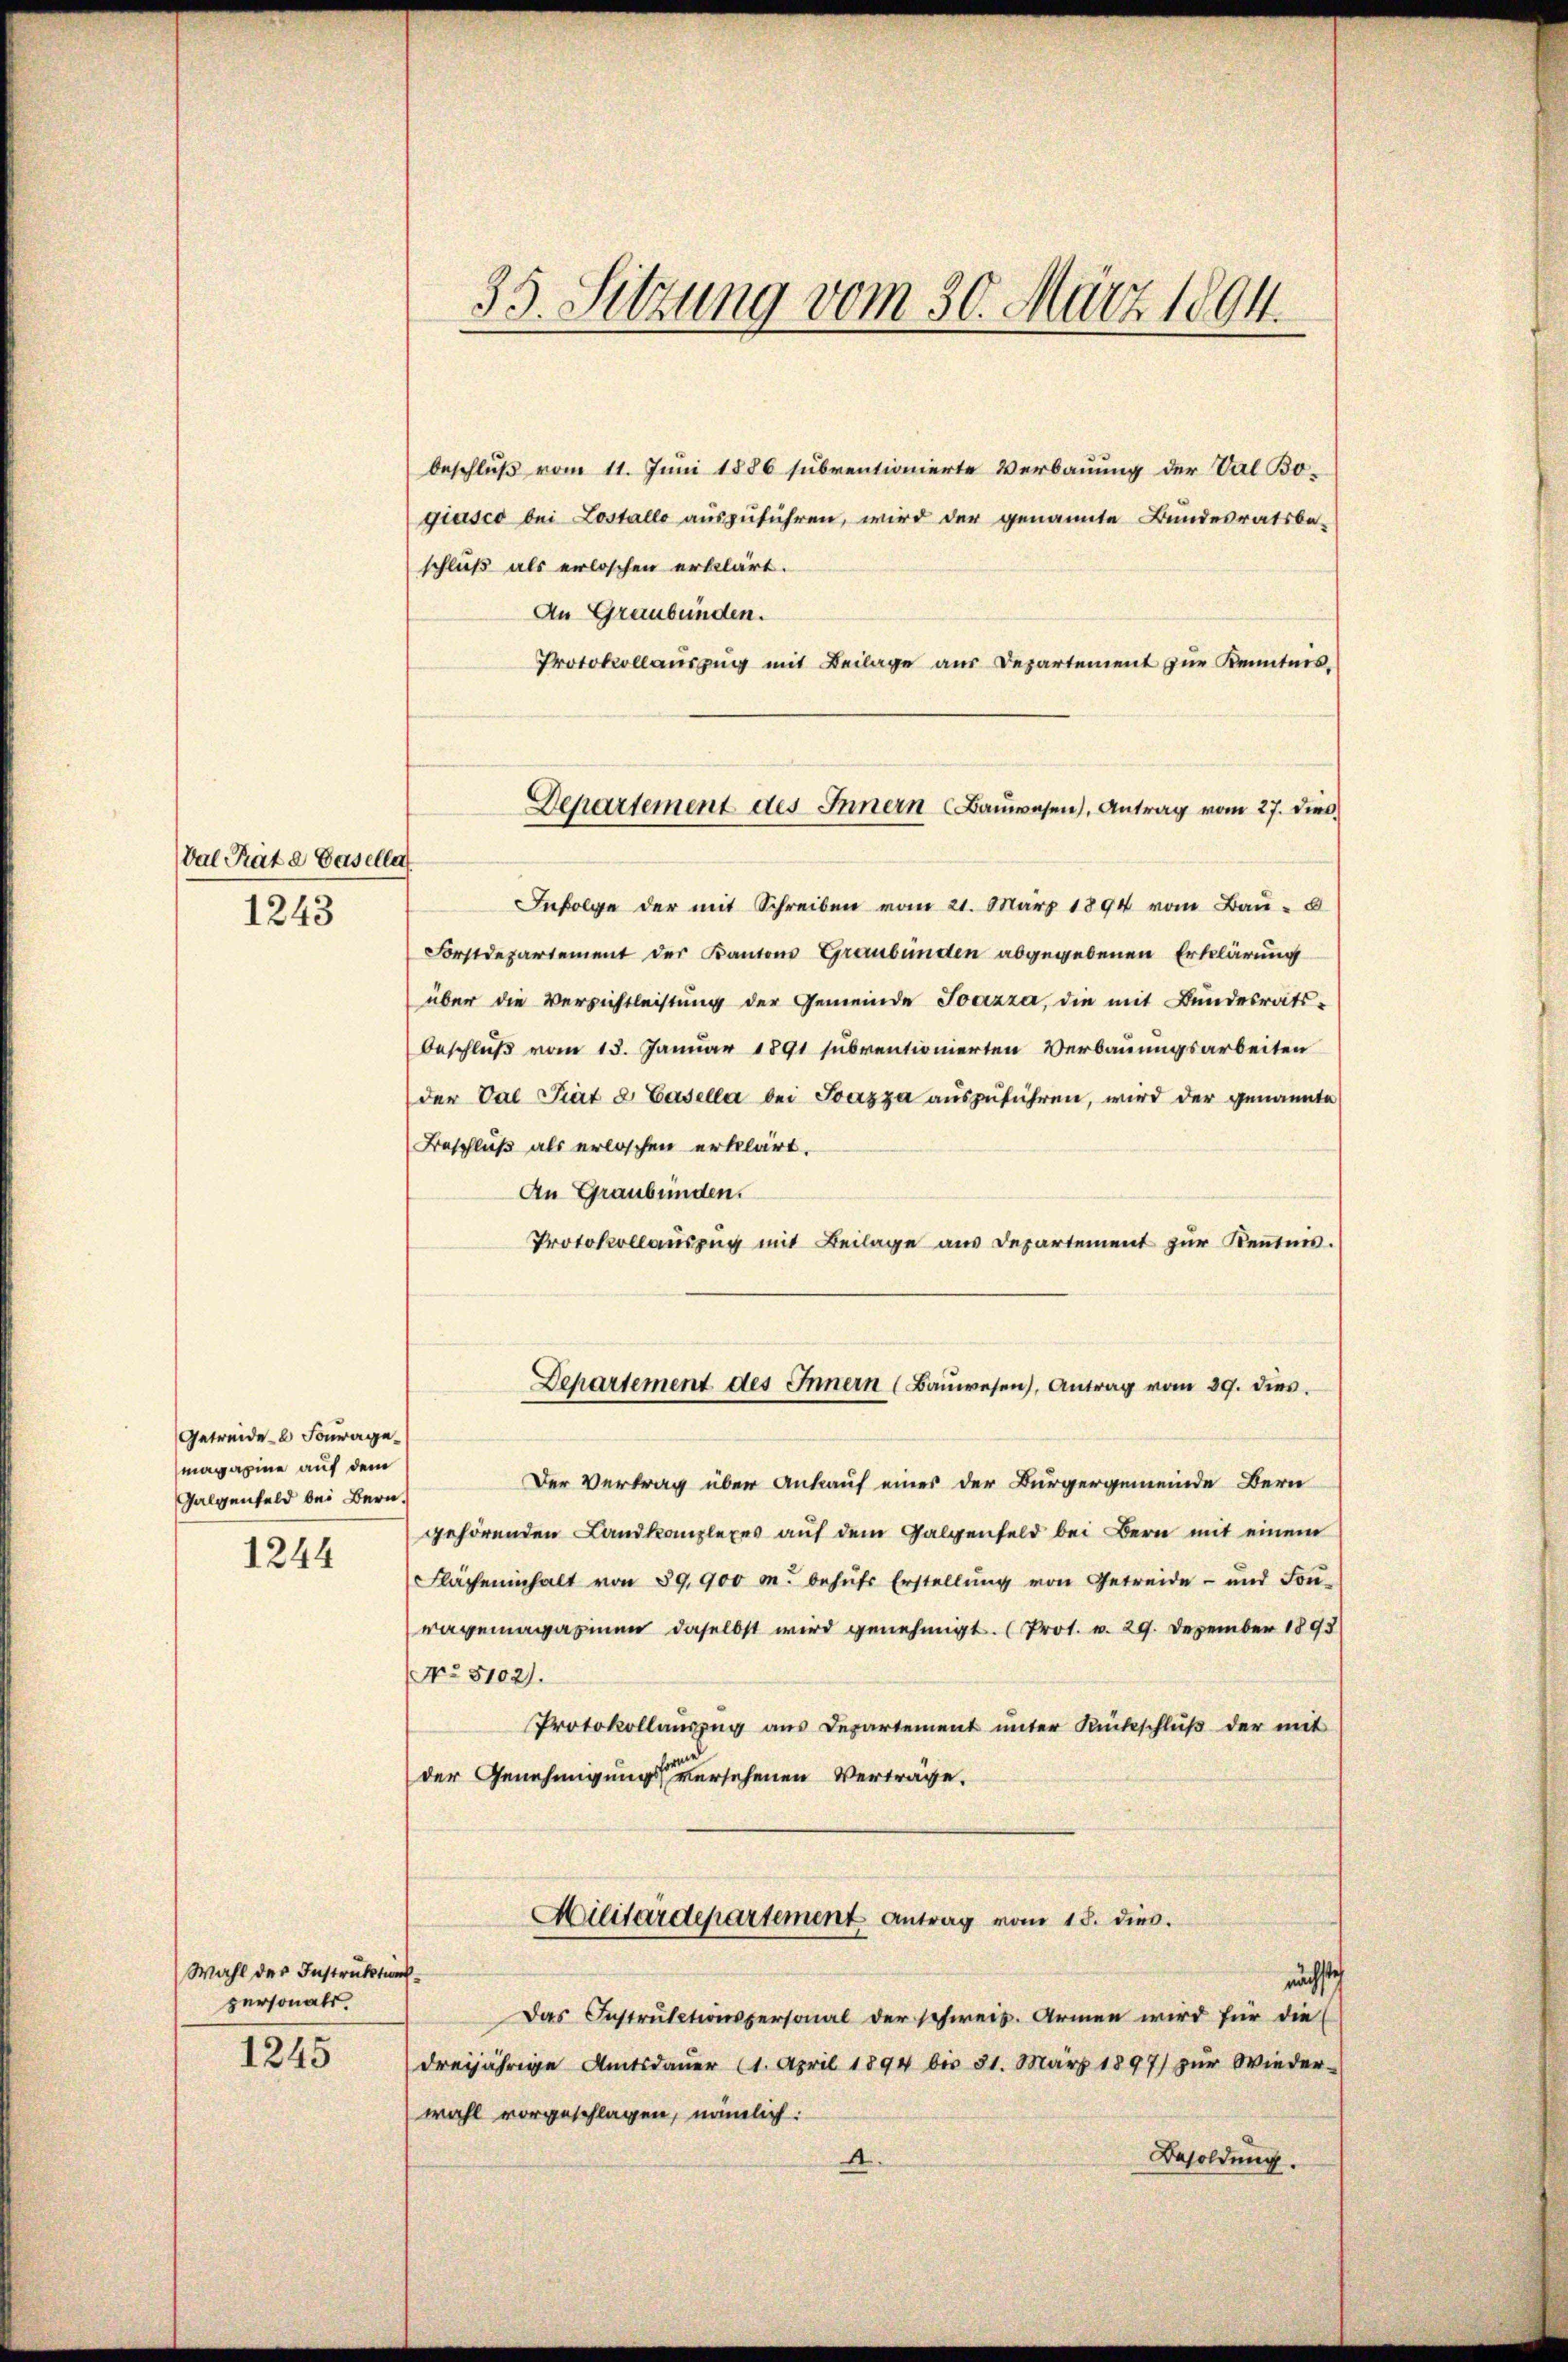
Val Rate Basellat
1243

Getreide Fourage
magazine auf dem
Galgenfeld bei Bern
1244

Wahl der Instruktionspersonals
1245

35. Sitzung vom 30. März 1894.

beschluß vom 11. Juni 1886 subventionierte Verbauung der Val Bogiasco bei Lostallo auszuführen, wird der genannte Bundesratsbe-
schluß als erloschen erklärt.
An Graubünden.
Protokollauszug mit Beilage aus Departement zur Kenntnis,
Infolge der mit Schreiben vom 21. März 1894 vom Bau-
Forstdepartement der Kantons Graubünden abgegebenen Erklärung
über die Versichtleistung der Gemeinde Socizza, die mit Bundesrats-
Beschluß vom 13. Januar 1891 subventionierten Verbauungsarbeiten
der Val Piat d. Basella bei Toazza auszuführen, wird der genannte
Beschluß als erloschen erklärt.
An Graubünden.
Protokollauszug mit Beilage aus Departement zŭr Kenntnis.
Departement des Innern (Baŭwesen), Antrag vom 29. dies
Der Vertrag über Ankauf eines der Bürgergemeinde Bern
gehörenden Landkanzlexes auf dem Galgenfeld bei Bern mit einem
Flächeninhalt von 89, 900 m. behŭfs Erstellŭng von Getreide- und Foṅ-
vagemagazinen daselbst wird genehmigt. (Prot. v. 29. Dezember 1893
No 5102).
Protokollauszug aus Departement unter Rückschluß der mit
der Genehmigungsversehenen Verträge.
Militärdepartement Antrag vom 18. dies.
nächsteh
Das Instructionspersonal der schweiz. Armen wird für die
dreijährige Amtsdaŭer (1. April 1894 bis 31. März 1897) zŭr Wieder-
wahl vorgeschlagen, nämlich:
Besoldung.
A

Departement des Innern Bauwesen), Antrag vom 27. dies